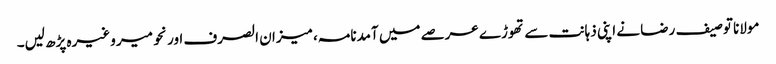
مولانا توصیف رضا نے اپنی ذہانت سے تھوڑے عرصے میں آمدنامہ، میزان الصرف اور نحو میر وغیرہ پڑھ لیں۔